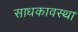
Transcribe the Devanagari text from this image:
साधकावस्था